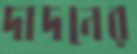
দাদনের